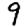
Digit: 9